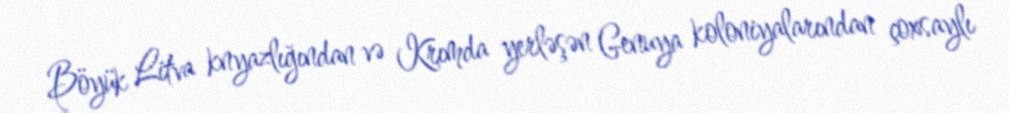
Böyük Litva knyazlığından və Krımda yerləşən Genuya koloniyalarından çoxsaylı